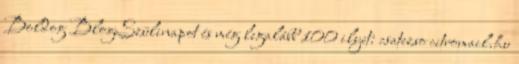
Boldog BlogSzülinapot és még legalább 100 ilyet: csatezso citromail.hu